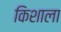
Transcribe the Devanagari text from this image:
किशाला